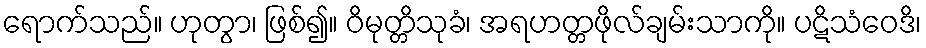
ရောက်သည်။ ဟုတွာ၊ ဖြစ်၍။ ဝိမုတ္တိသုခံ၊ အရဟတ္တဖိုလ်ချမ်းသာကို။ ပဋိသံဝေဒိ၊